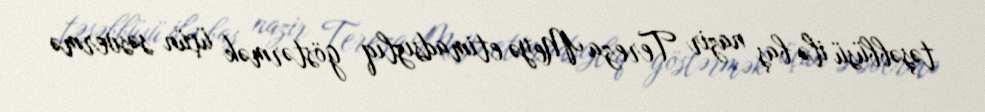
təşəbbüsü ilə baş nazir Tereza Meyə etimadsızlıq göstərmək üçün səsvermə